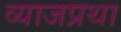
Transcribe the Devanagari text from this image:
व्याजप्रथा